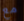
مع